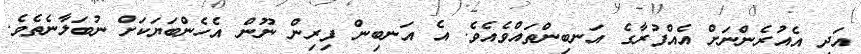
އަދި އެއުރެންނަށް އެއްފުރާގެ އަނބިންތައްވެއެވެ. އެ އަނބިން ފިރިން ނޫން އެހެންބަޔަކަށް ނުބަލާނެތެވެ.